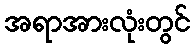
အရာအားလုံးတွင်